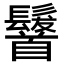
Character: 𩠷